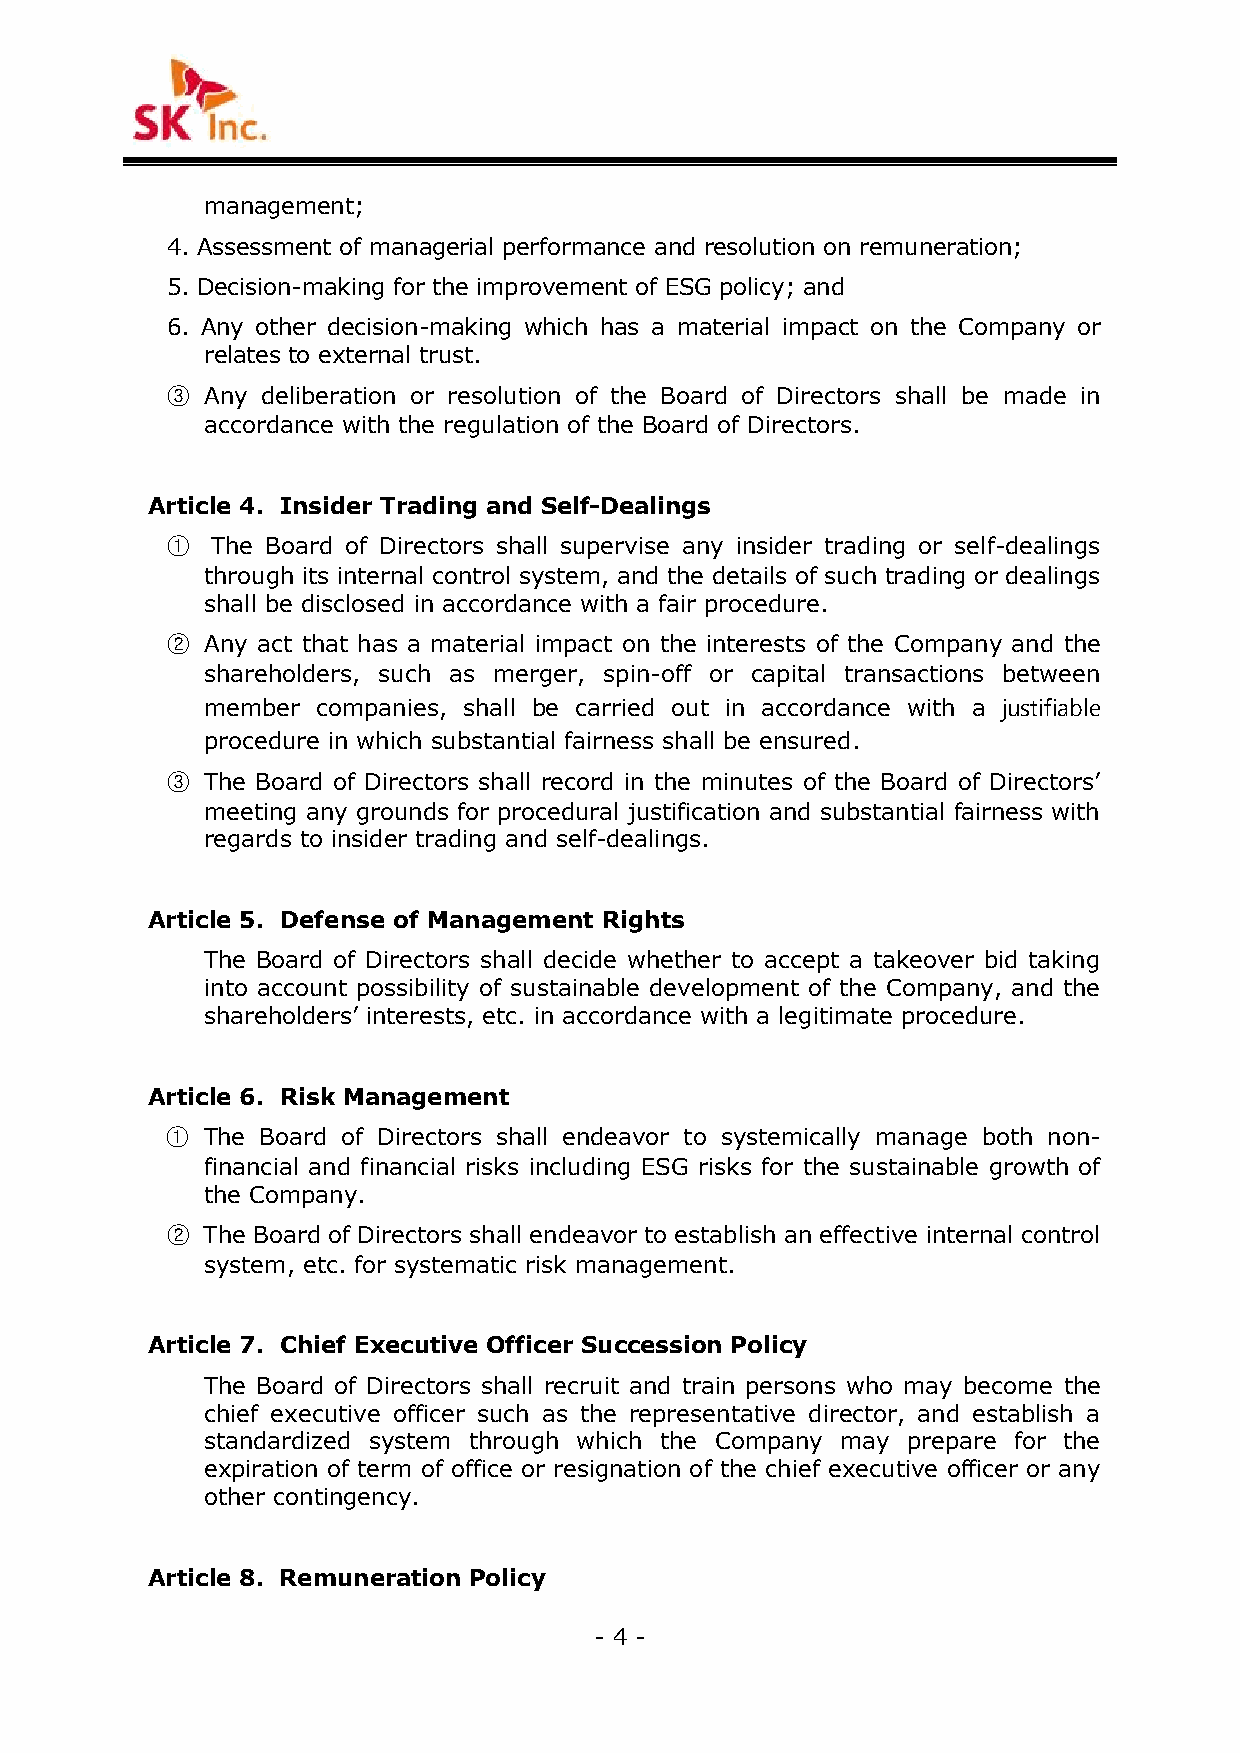
management;
 4. Assessment of managerial performance and resolution on remuneration;
 5. Decision-making for the improvement of ESG policy; and
 6. Any other decision-making which has a material impact on the Company or
 relates to external trust.
 ③  Any deliberation or resolution of the Board of Directors shall be made in
 accordance with the regulation of the Board of Directors.
 Article 4. Insider Trading and Self-Dealings
 ①  The Board of Directors shall supervise any insider trading or self-dealings
 through its internal control system, and the details of such trading or dealings
 shall be disclosed in accordance with a fair procedure.
 ②  Any act that has a material impact on the interests of the Company and the
 shareholders, such as merger, spin-off or capital transactions between
 member companies, shall be carried out in accordance with a justifiable
 procedure in which substantial fairness shall be ensured.
 ③  The Board of Directors shall record in the minutes of the Board of Directors’
 meeting any grounds for procedural justification and substantial fairness with
 regards to insider trading and self-dealings.
 Article 5. Defense of Management Rights
 The Board of Directors shall decide whether to accept a takeover bid taking
 into account possibility of sustainable development of the Company, and the
 shareholders’ interests, etc. in accordance with a legitimate procedure.
 Article 6. Risk Management
 ① The Board of Directors shall endeavor to systemically manage both non-
 financial and financial risks including ESG risks for the sustainable growth of
 the Company.
 ② The Board of Directors shall endeavor to establish an effective internal control
 system, etc. for systematic risk management.
 Article 7. Chief Executive Officer Succession Policy
 The Board of Directors shall recruit and train persons who may become the
 chief executive officer such as the representative director, and establish a
 standardized system through which the Company may prepare for the
 expiration of term of office or resignation of the chief executive officer or any
 other contingency.
 Article 8. Remuneration Policy
 - 4 -